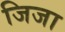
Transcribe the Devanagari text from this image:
जिजा